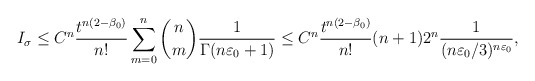
\begin{align*}I_\sigma \le C^n \frac{t^{n(2-\beta_0)}}{n!} \sum_{m=0}^n \binom{n}{m} \frac{1}{\Gamma (n\varepsilon_0+1)}\le C^n \frac{t^{n(2-\beta_0)}}{n!} (n+1) 2^n \frac{1}{(n\varepsilon_0/3)^{n\varepsilon_0}},\end{align*}